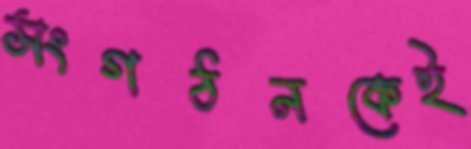
সংগঠনকেই